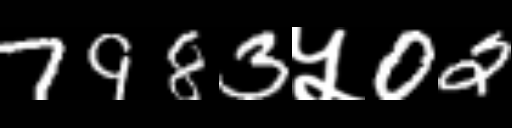
Text: 7983५02